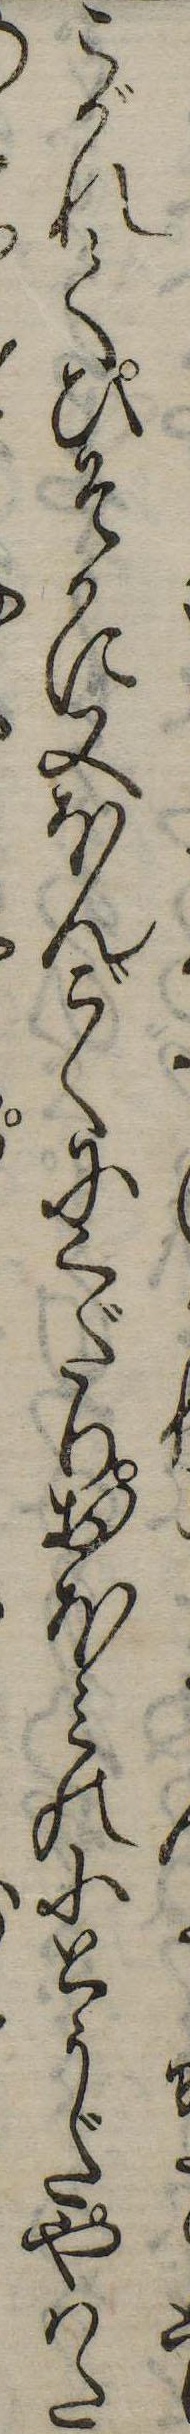
こがれてひそかに又ほんごくにくだりおほみの小とうだやはた